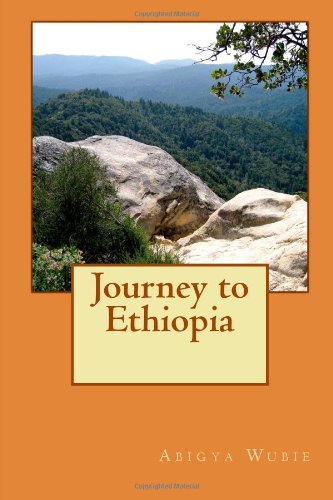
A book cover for Journey to Ethiopia; Abigya G Wubie; Travel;